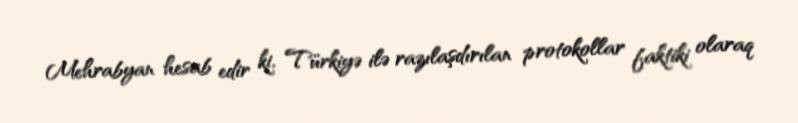
Mehrabyan hesab edir ki, Türkiyə ilə razılaşdırılan protokollar faktiki olaraq